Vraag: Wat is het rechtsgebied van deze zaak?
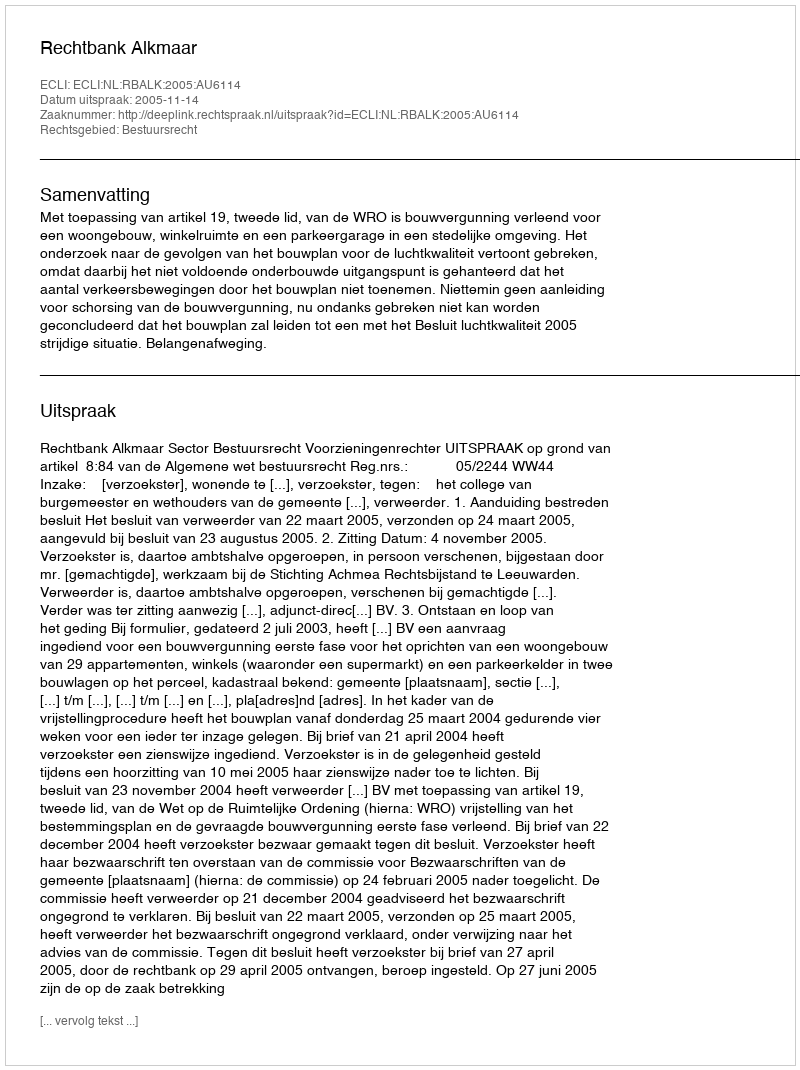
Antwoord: Bestuursrecht